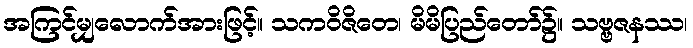
အကြင်မျှလောက်အားဖြင့်။ သကဝိဇိတေ၊ မိမိပြည်တော်၌။ သဗ္ဗဇနဿ၊